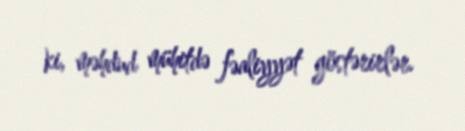
ki, məhdud mühitdə fəaliyyət göstərirlər.